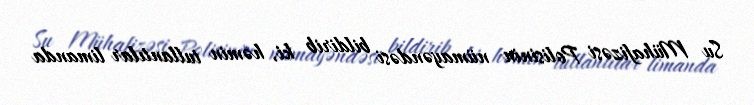
Su Mühafizəsi Polisinin nümayəndəsi bildirib ki, həmin tullantılar limanda